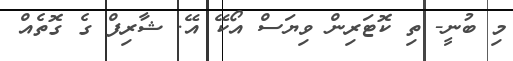
މި ބުނީ- ތި ކޮޓަރިން ވިޔަސް އޯކޭ އޭ. ޝާރިފް ގެ ގޮތެއް